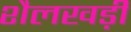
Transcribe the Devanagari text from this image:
शैलखड़ी